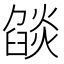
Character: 燄